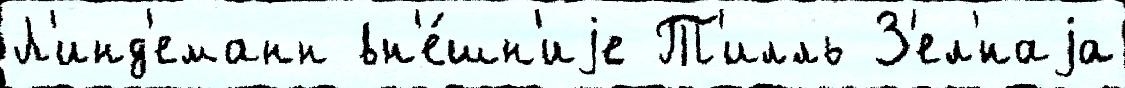
Л'инд'еманн вн'е́шн'иjе Т'илль З'ел'́наjа